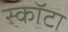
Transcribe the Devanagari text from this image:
स्कॉटा